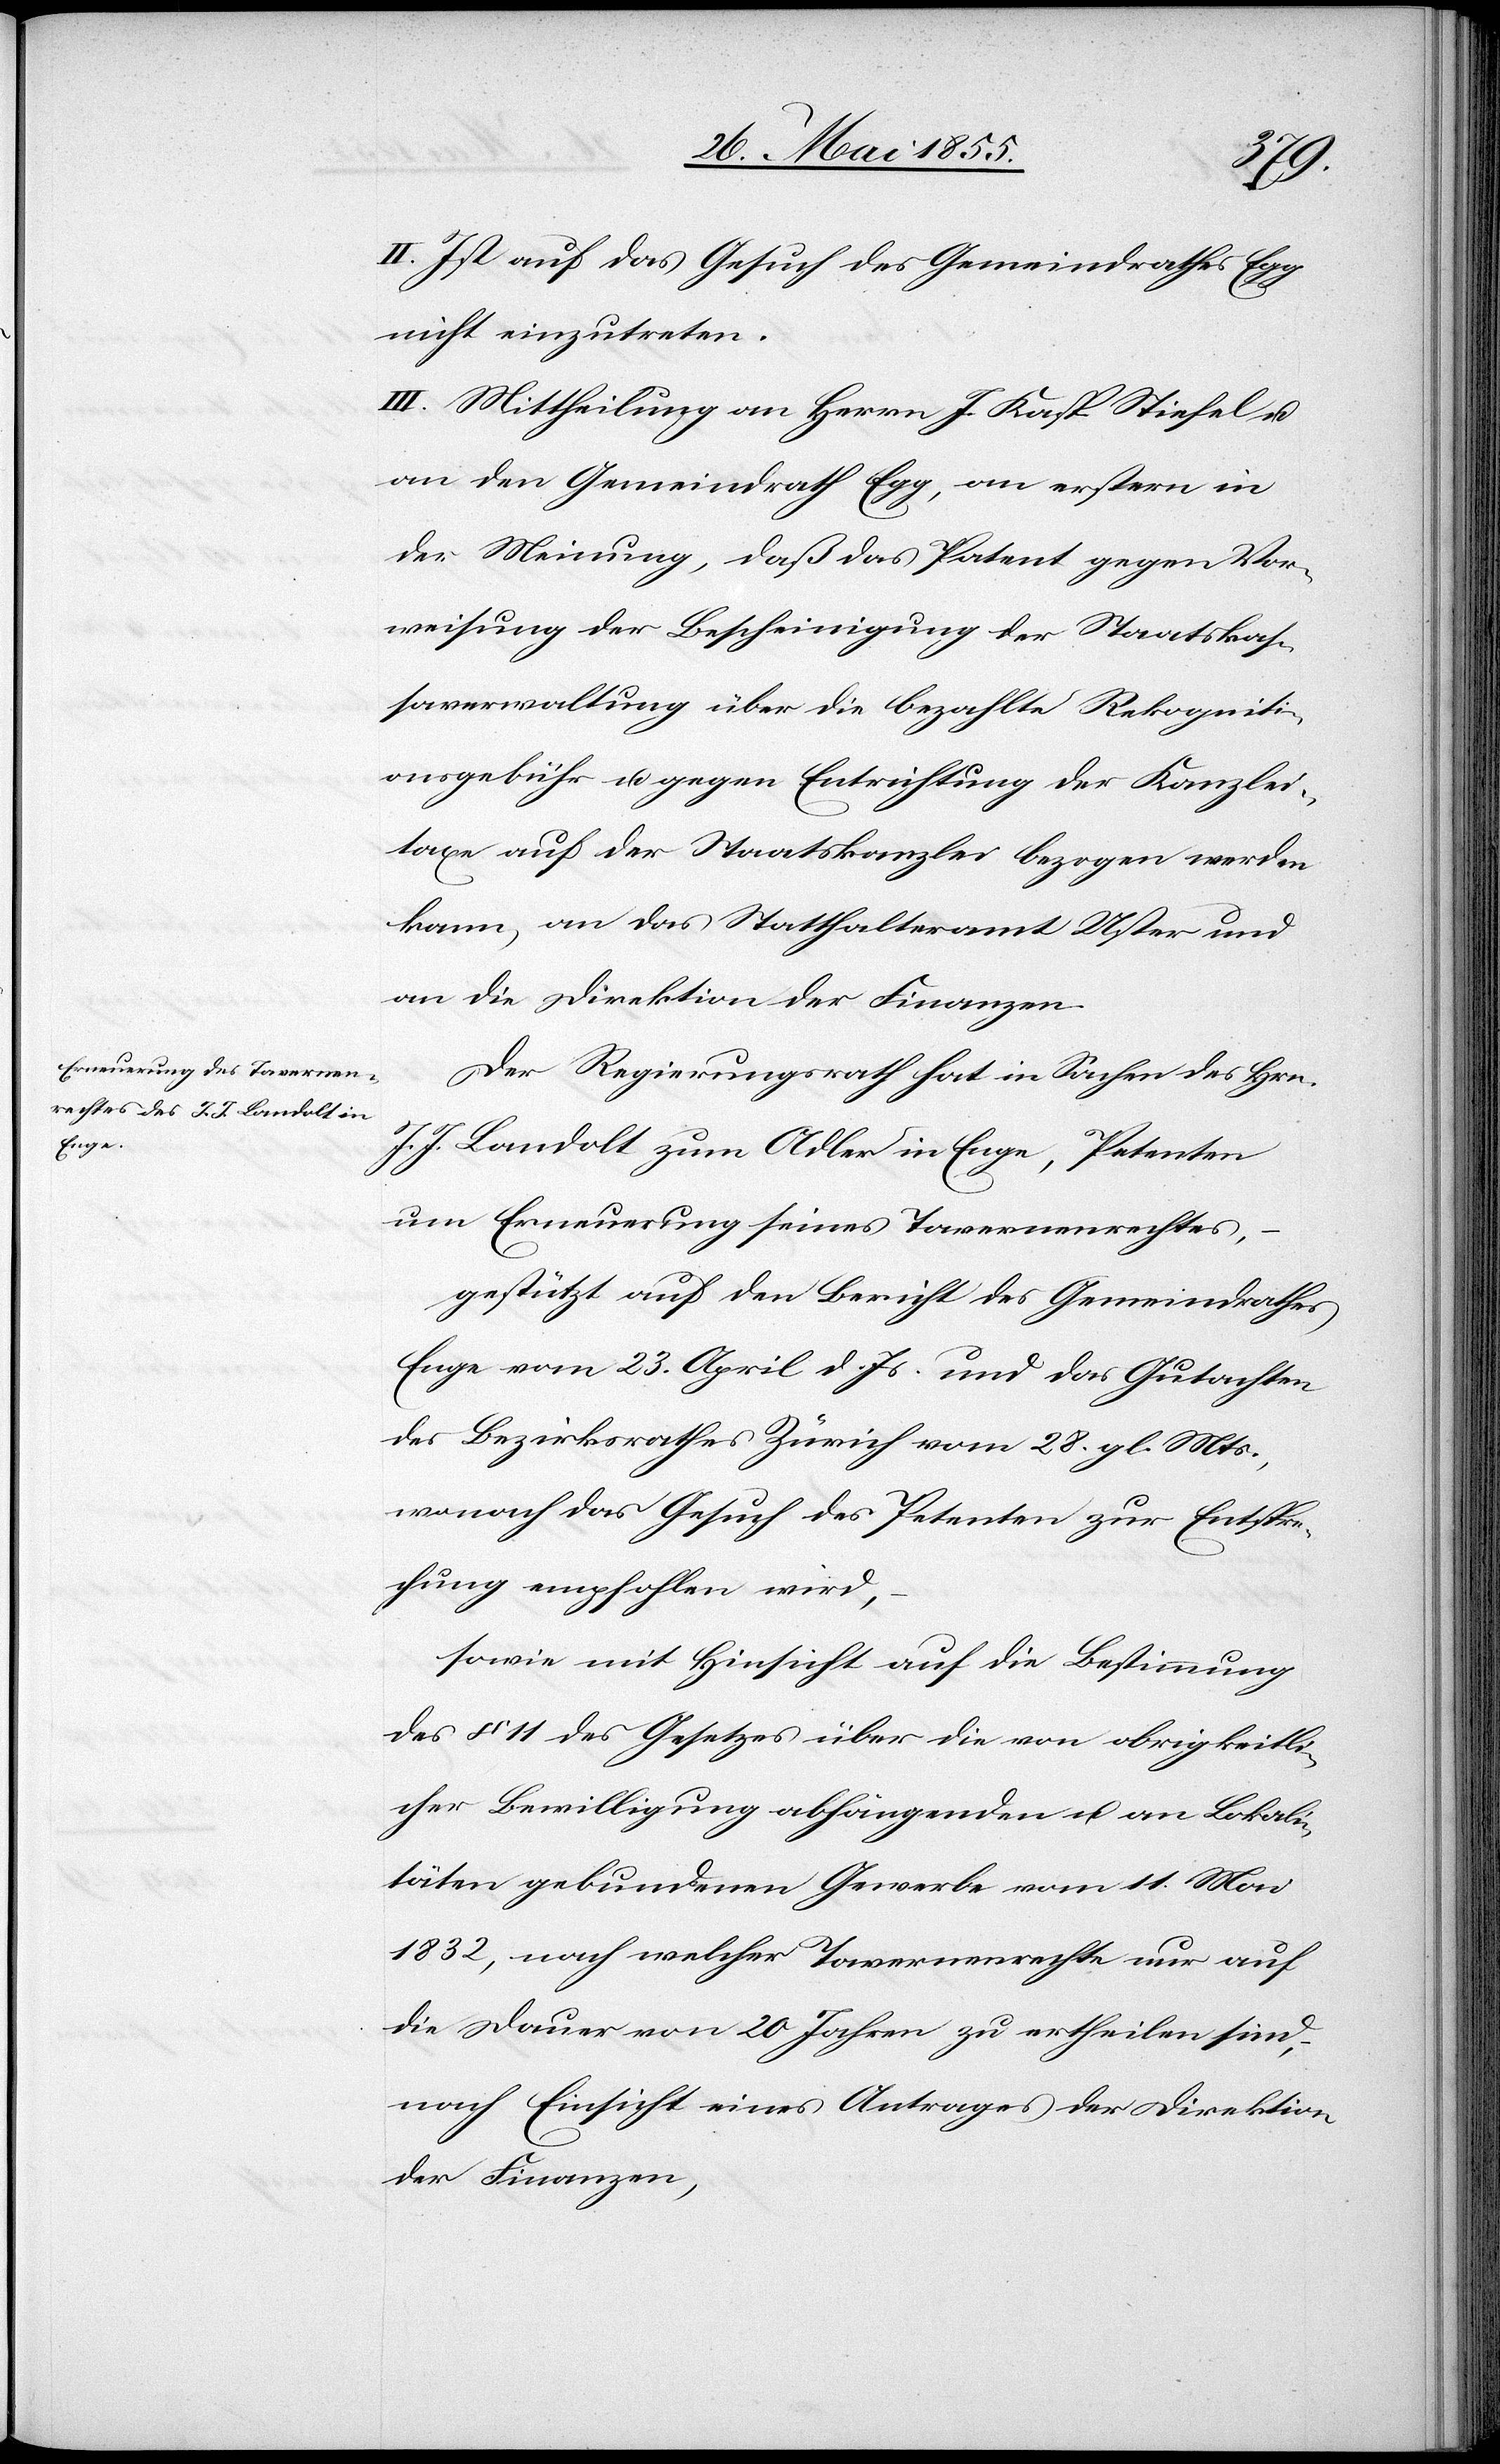
II. Ist auf das Gesuch des Gemeindrathes Egg
nicht einzutreten.
III. Mittheilung an Herrn J. Kasp. Stiefel u.
an den Gemeindrath Egg, an erstern in
der Meinung, daß das Patent gegen Vor¬
weisung der Bescheinigung der Staatskas¬
saverwaltung über die bezahlte Rekogniti¬
onsgebühr u. gegen Entrichtung der Kanzlei¬
taxe auf der Staatskanzlei bezogen werden
kann, an das Statthalteramt Uster und
an die Direktion der Finanzen.
Der Regierungsrath hat in Sachen des Hrn.
J. J. Landolt zum Adler in Enge, Petenten
um Erneuerung seines Tavernenrechtes,
gestützt auf den Bericht des Gemeindrathes
Enge vom 23. April d. Js. und das Gutachten
des Bezirksrathes Zürich vom 28. gl. Mts.,
wonach das Gesuch des Petenten zur Entspre¬
chung empfohlen wird,
sowie mit Hinsicht auf die Bestimmung
des § 11 des Gesetzes über die von obrigkeitli¬
cher Bewilligung abhängenden u. an Lokali¬
täten gebundenen Gewerbe vom 11. Mai
1832, nach welcher Tavernenrechte nur auf
die Dauer von 20 Jahren zu ertheilen sind,
nach Einsicht eines Antrages der Direktion
der Finanzen,